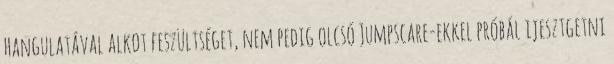
hangulatával alkot feszültséget, nem pedig olcsó Jumpscare-ekkel próbál ijesztgetni